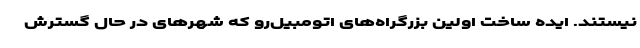
نیستند. ایده ساخت اولین بزرگراه‌های اتومبیل‌رو که شهرهای در حال گسترش